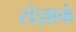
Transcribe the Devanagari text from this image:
संज्ञाकं